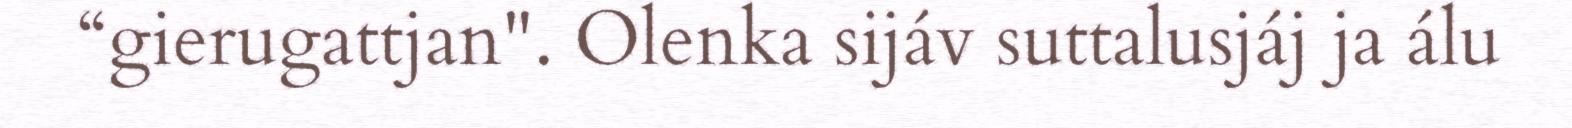
“gierugattjan". Olenka sijáv suttalusjáj ja álu